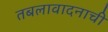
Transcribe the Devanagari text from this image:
तबलावादनाची